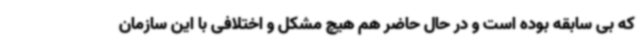
که بی سابقه بوده است و در حال حاضر هم هیچ مشکل و اختلافی با این سازمان